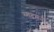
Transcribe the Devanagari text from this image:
सादमनी